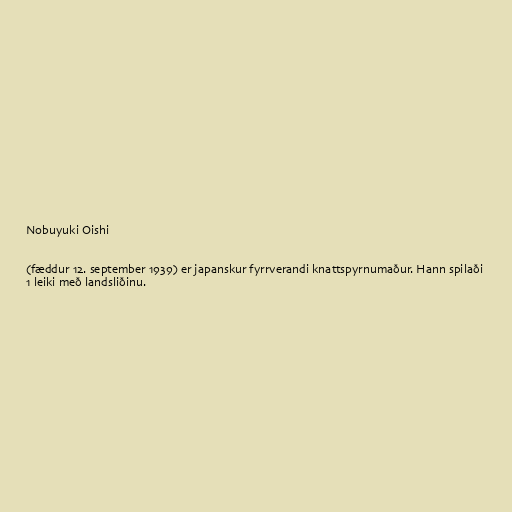
Nobuyuki Oishi

(fæddur 12. september 1939) er japanskur fyrrverandi knattspyrnumaður. Hann spilaði
1 leiki með landsliðinu.